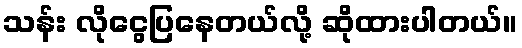
သန်း လိုငွေပြနေတယ်လို့ ဆိုထားပါတယ်။